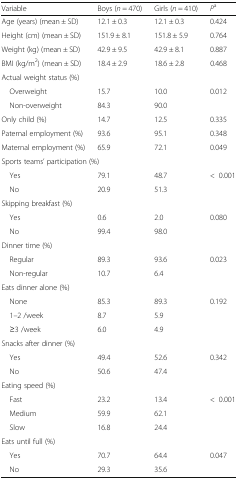
<table><thead><tr><td><b>Variable</b></td><td><b>Boys (<i>n</i> = 470)</b></td><td><b>Girls (<i>n</i> = 410)</b></td><td><b><i>P</i><sup>a</sup></b></td></tr></thead><tbody><tr><td>Age (years) (mean ± SD)</td><td>12.1 ± 0.3</td><td>12.1 ± 0.3</td><td>0.424</td></tr><tr><td>Height (cm) (mean ± SD)</td><td>151.9 ± 8.1</td><td>151.8 ± 5.9</td><td>0.764</td></tr><tr><td>Weight (kg) (mean ± SD)</td><td>42.9 ± 9.5</td><td>42.9 ± 8.1</td><td>0.887</td></tr><tr><td>BMI (kg/m<sup>2</sup>) (mean ± SD)</td><td>18.4 ± 2.9</td><td>18.6 ± 2.8</td><td>0.468</td></tr><tr><td colspan="4">Actual weight status (%)</td></tr><tr><td> Overweight</td><td>15.7</td><td>10.0</td><td>0.012</td></tr><tr><td> Non-overweight</td><td>84.3</td><td>90.0</td><td></td></tr><tr><td>Only child (%)</td><td>14.7</td><td>12.5</td><td>0.335</td></tr><tr><td>Paternal employment (%)</td><td>93.6</td><td>95.1</td><td>0.348</td></tr><tr><td>Maternal employment (%)</td><td>65.9</td><td>72.1</td><td>0.049</td></tr><tr><td colspan="4">Sports teams’ participation (%)</td></tr><tr><td> Yes</td><td>79.1</td><td>48.7</td><td>&lt;0.001</td></tr><tr><td> No</td><td>20.9</td><td>51.3</td><td></td></tr><tr><td colspan="4">Skipping breakfast (%)</td></tr><tr><td> Yes</td><td>0.6</td><td>2.0</td><td>0.080</td></tr><tr><td> No</td><td>99.4</td><td>98.0</td><td></td></tr><tr><td colspan="4">Dinner time (%)</td></tr><tr><td> Regular</td><td>89.3</td><td>93.6</td><td>0.023</td></tr><tr><td> Non-regular</td><td>10.7</td><td>6.4</td><td></td></tr><tr><td colspan="4">Eats dinner alone (%)</td></tr><tr><td> None</td><td>85.3</td><td>89.3</td><td>0.192</td></tr><tr><td> 1–2 /week</td><td>8.7</td><td>5.9</td><td></td></tr><tr><td> ≥3 /week</td><td>6.0</td><td>4.9</td><td></td></tr><tr><td colspan="4">Snacks after dinner (%)</td></tr><tr><td> Yes</td><td>49.4</td><td>52.6</td><td>0.342</td></tr><tr><td> No</td><td>50.6</td><td>47.4</td><td></td></tr><tr><td colspan="4">Eating speed (%)</td></tr><tr><td> Fast</td><td>23.2</td><td>13.4</td><td>&lt;0.001</td></tr><tr><td> Medium</td><td>59.9</td><td>62.1</td><td></td></tr><tr><td> Slow</td><td>16.8</td><td>24.4</td><td></td></tr><tr><td colspan="4">Eats until full (%)</td></tr><tr><td> Yes</td><td>70.7</td><td>64.4</td><td>0.047</td></tr><tr><td> No</td><td>29.3</td><td>35.6</td><td></td></tr></tbody></table>